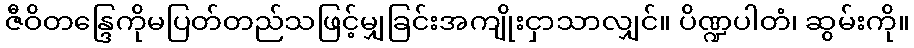
ဇီဝိတန္ဒြေကိုမပြတ်တည်သဖြင့်မျှခြင်းအကျိုးငှာသာလျှင်။ ပိဏ္ဍပါတံ၊ ဆွမ်းကို။